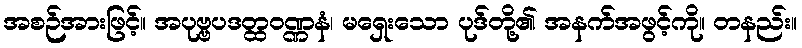
အစဉ်အားဖြင့်။ အပုဗ္ဗပဒတ္ထဝဏ္ဏနံ၊ မရှေးသော ပုဒ်တို့၏ အနက်အဖွင့်ကို။ တနည်း။